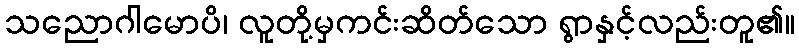
သညောဂါမောပိ၊ လူတို့မှကင်းဆိတ်သော ရွာနှင့်လည်းတူ၏။